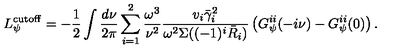
L _ { \psi } ^ { \mathrm { c u t o f f } } = - \frac { 1 } { 2 } \int \frac { d \nu } { 2 \pi } \sum _ { i = 1 } ^ { 2 } \frac { \omega ^ { 3 } } { \nu ^ { 2 } } \frac { v _ { i } \bar { \gamma } _ { i } ^ { 2 } } { \omega ^ { 2 } \Sigma ( ( - 1 ) ^ { i } \bar { R } _ { i } ) } \left( G _ { \psi } ^ { i i } ( - i \nu ) - G _ { \psi } ^ { i i } ( 0 ) \right) .